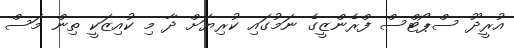
އުރީދޫ ސްޕޯޓްސް ފްރެންޒީގެ ނަމުގައި ކުރިޔަށް ދާ މި ކުއިޒަކީ ތިން މަސް